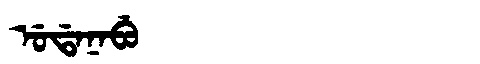
Manchu: ᡠᡩᠠᠨᠠᠪᡠ
Romanization: UDANABU